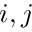
i , j